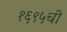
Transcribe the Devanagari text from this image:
१६९५ची